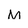
Character: M